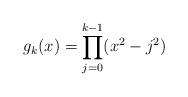
LaTeX: \begin{align*}g_k(x) &= \prod_{j=0}^{k-1}(x^2-j^2)\end{align*}